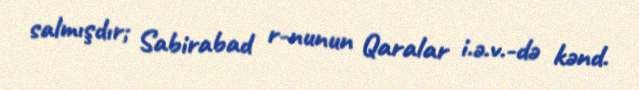
salmışdır; Sabirabad r-nunun Qaralar i.ə.v.-də kənd.